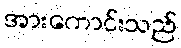
အားကောင်းသည်